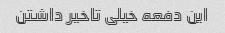
این دفعه خیلی تاخیر داشتن